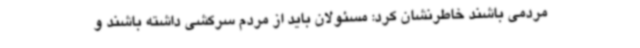
مردمی باشند خاطرنشان کرد: مسئولان باید از مردم سرکشی داشته باشند و